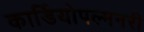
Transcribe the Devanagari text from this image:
कार्डियोपल्मनरी